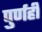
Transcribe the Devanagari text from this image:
पुर्णही